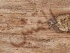
القش